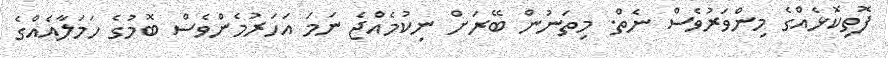
ފޮތިކޮޅެއްގެ މިންވަރުވެސް ނެތް. މިތަނުން ބޭރަށް ނިކުމެއްޖެ ނަމަ އަހަރުމެންވެސް ބޮމުގެ ހަމަލާއެއްގެ